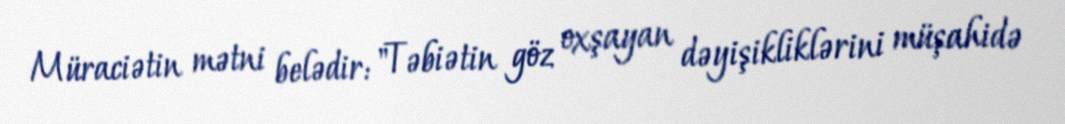
Müraciətin mətni belədir: "Təbiətin göz oxşayan dəyişikliklərini müşahidə